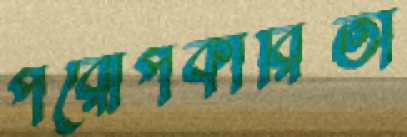
পরোপকারিতা